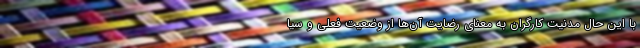
با این حال مدنیت کارگران به معنای رضایت آن‌ها از وضعیت فعلی و سیا